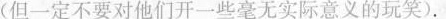
(但一定不要对他们开一些毫无实际意义的玩笑).